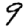
Digit: 9